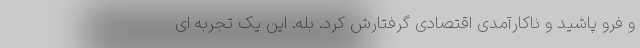
و فرو پاشید و ناکارآمدی اقتصادی گرفتارش کرد. بله. این یک تجربه ای